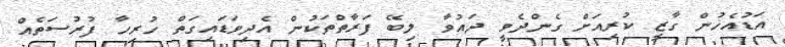
އަޑުއެހުން ގާޒީ ކުރިއަށް ގެންދެވީ ދައުވާ ލިބޭ ފަރާތްތަކުން އެދިވަޑައިގަތް ހުރިހާ ފުރުސަތެއް